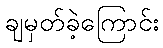
ချမှတ်ခဲ့ကြောင်း